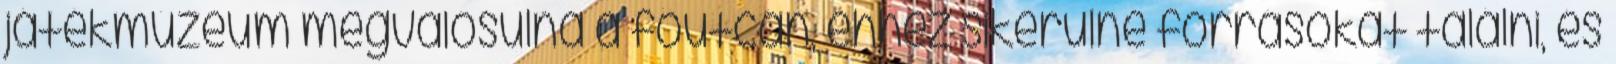
játékmúzeum megvalósulna a főutcán, ehhez sikerülne forrásokat találni, és